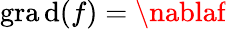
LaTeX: \operatorname{gra\mathrm{d}}(f)=\nablaf